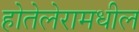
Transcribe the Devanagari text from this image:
होतेलेरामधील